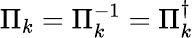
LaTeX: \Pi_{k}=\Pi_{k}^{-1}=\Pi_{k}^{\dagger}